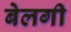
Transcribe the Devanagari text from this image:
बेलगी